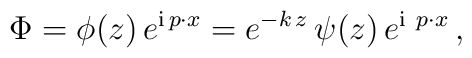
\Phi = \phi(z)\, e^{{\rm i}\, p\cdot x} = e^{-k\,z}\,\psi(z)\, e^{{\rm i}\ p\cdot x}\,,